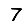
Digit: 7